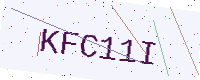
Text: KFC11I